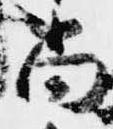
尚